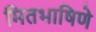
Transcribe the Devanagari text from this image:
मितभाषिणे